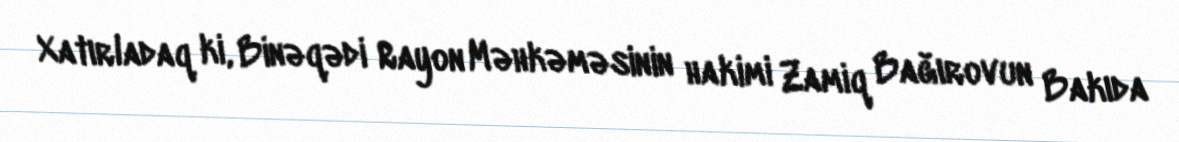
Xatırladaq ki, Binəqədi Rayon Məhkəməsinin hakimi Zamiq Bağırovun Bakıda